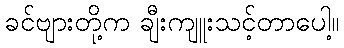
ခင်ဗျားတို့က ချီးကျူးသင့်တာပေါ့။